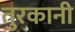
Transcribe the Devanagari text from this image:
तुरकानी